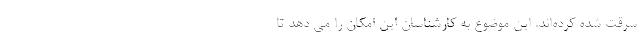
سرقت شده کرده‌اند. این موضوع به کارشناسان این امکان را می دهد تا